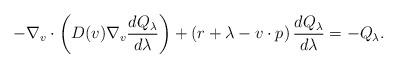
LaTeX: \begin{align*} - \nabla_v \cdot \left( D(v) \nabla_v \frac{d Q_\lambda}{d \lambda} \right) + \left( r + \lambda - v \cdot p\right) \frac{d Q_\lambda}{d \lambda} = - Q_\lambda.\end{align*}